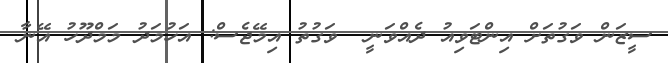
ސީޒަން ވަގުތަށް އިންޓަވިއު ދެއްވަނީ  ވަގުތު އިމޭޖެސް: އަހުމަދު މަމްދޫހު އޭނާ